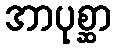
အာပုစ္ဆာ